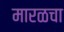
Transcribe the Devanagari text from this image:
मारळचा